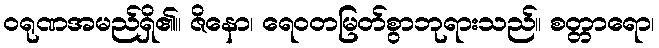
ဝရုဏအမည်ရှိ၏။ ဇိနော၊ ရေဝတမြတ်စွာဘုရားသည်။ စတ္တာရော၊